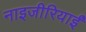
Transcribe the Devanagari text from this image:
नाइजीरियाईं